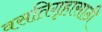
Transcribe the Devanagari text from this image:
वसतिगृहासाठी